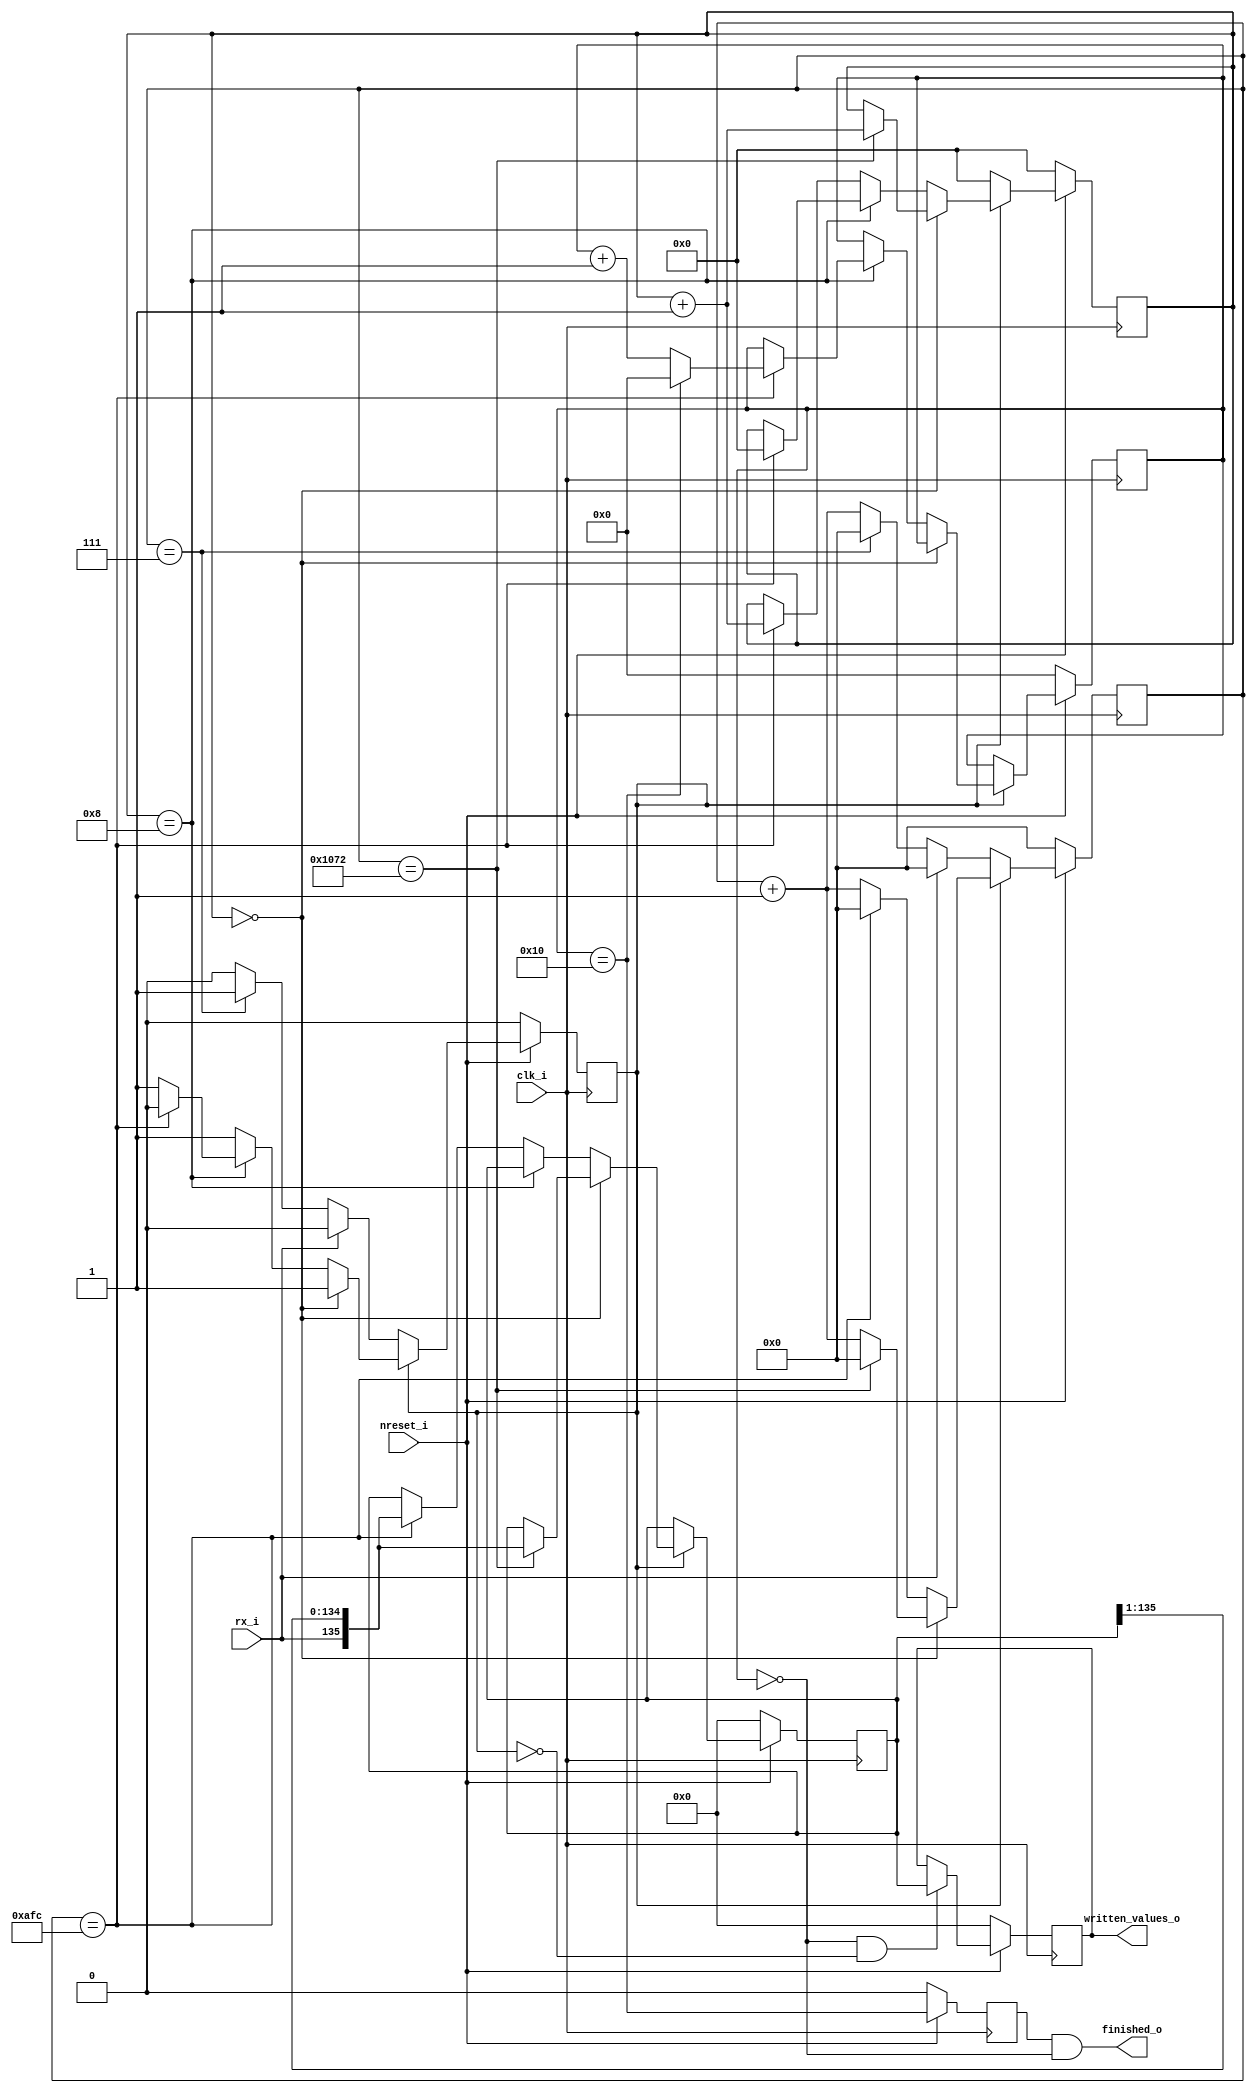
module UARTReceiver(
    input clk_i,
    input nreset_i,

    input rx_i,

    output reg [135:0] written_values_o,
    output reg finished_o
    ); 

    reg enable;
    reg last_byte_16;
    reg [15:0] clk_counter;
    reg [3:0] bit_counter;
    reg [4:0] byte_counter;
    reg [135:0] temp_shift_reg;
    // reg sample;
    localparam [15:0] init_sample_period = 16'd4210;
    localparam [15:0] general_sample_period = 16'd2812;

    always @(posedge clk_i) begin
        if (~nreset_i) begin
            enable <= 0;
            clk_counter <= 16'b0;
            temp_shift_reg <= 136'b0;
            // sample <= 0;
        end
        else if (~enable) begin
            if (rx_i) begin
                enable <= 0;
                clk_counter <= 16'b0;
                temp_shift_reg <= temp_shift_reg;
                // sample <= 0;
            end
            else if (clk_counter == 16'd7) begin
                enable <= 1;
                clk_counter <= 16'b0;
                temp_shift_reg <= temp_shift_reg;
                // sample <= 0;
            end
            else begin
                enable <= 0;
                clk_counter <= clk_counter + 1;
                temp_shift_reg <= temp_shift_reg;
                // sample <= 0;
            end // debouncing the start bit
        end
        else begin
            if (bit_counter == 4'b0) begin
                if (clk_counter == init_sample_period) begin
                    enable <= 1;
                    clk_counter <= 16'b0;
                    temp_shift_reg <= {rx_i, temp_shift_reg[135:1]};
                    // sample <= 1;
                end
                else begin
                    enable <= 1;
                    clk_counter <= clk_counter + 1;
                    temp_shift_reg <= temp_shift_reg;
                    // sample <= 0;
                end
            end
            
            else if (bit_counter == 4'd8) begin
                if (clk_counter == general_sample_period) begin
                    enable <= 0;
                    clk_counter <= 16'b0;
                    temp_shift_reg <= temp_shift_reg;
                    // sample <= 1;
                end
                else begin
                    enable <= 1;
                    clk_counter <= clk_counter + 1;
                    temp_shift_reg <= temp_shift_reg;
                    // sample <= 0;
                end
            end

            else begin
                if (clk_counter == general_sample_period) begin
                    enable <= 1;
                    clk_counter <= 16'b0;
                    temp_shift_reg <= {rx_i, temp_shift_reg[135:1]};
                    // sample <= 1;
                end
                else begin
                    enable <= 1;
                    clk_counter <= clk_counter + 1;
                    temp_shift_reg <= temp_shift_reg;
                    // sample <= 0;
                end
            end
            
        end 
    end

    always @(posedge clk_i) begin
        if (~nreset_i) begin
            bit_counter <= 4'b0;
            byte_counter <= 5'b0;
        end
        else if (~enable) begin
            bit_counter <= 4'b0;
            byte_counter <= byte_counter;
        end
        else begin
            if (bit_counter == 4'd0) begin
                if (clk_counter == init_sample_period) begin
                    bit_counter <= bit_counter + 1;
                    byte_counter <= byte_counter;
                end
                else begin 
                    bit_counter <= bit_counter;
                    byte_counter <= byte_counter;
                end
            end
            else if (bit_counter == 4'd8) begin
                if (clk_counter == general_sample_period) begin
                    if (byte_counter == 5'd16) begin
                        bit_counter <= 3'd0;
                        byte_counter <= 5'd0;
                    end
                    else begin
                        bit_counter <= 3'd0;
                        byte_counter <= byte_counter + 1;
                    end
                end

                else begin
                    bit_counter <= bit_counter;
                    byte_counter <= byte_counter;
                end
            end
            else begin
                if (clk_counter == general_sample_period) begin
                    bit_counter <= bit_counter + 1;
                    byte_counter <= byte_counter;
                end
                else begin
                    bit_counter <= bit_counter;
                    byte_counter <= byte_counter;
                end
            end
        end
    end

    always @(posedge clk_i) begin
        if (~nreset_i) begin
            written_values_o <= 40'b0;
        end
        else if ((byte_counter == 5'b0) & ~enable) begin
            written_values_o <= temp_shift_reg;
        end
        else begin
            written_values_o <= written_values_o;
        end
    end

    always @(posedge clk_i) begin
        if (~nreset_i) last_byte_16 <= 0;
        else last_byte_16 <= byte_counter == 5'd16;
    end

    always @(*) finished_o = last_byte_16 & (byte_counter == 5'b0);


endmodule